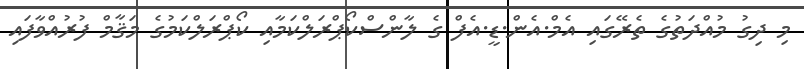
މި ދިގު މުއްދަތުގެ ތެރޭގައި އެމް.އެން.ޑީ.އެފް ގެ ލާންސްކޯޕްރަލްކަމާއި ކޯޕްރަލްކަމުގެ މަޤާާމް ފުރުއްވާފައި